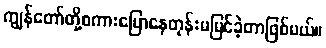
ကျွန်တော်တို့စကားပြောနေတုန်းမမြင်ခဲ့တာဖြစ်မယ်။